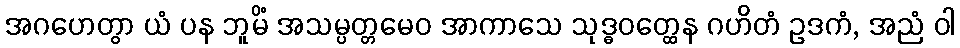
အဂဟေတွာ ယံ ပန ဘူမိံ အသမ္ပတ္တမေဝ အာကာသေ သုဒ္ဓဝတ္ထေန ဂဟိတံ ဥဒကံ, အညံ ဝါ